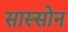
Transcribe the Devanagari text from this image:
सास्सोन